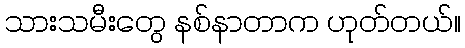
သားသမီးတွေ နစ်နာတာက ဟုတ်တယ်။